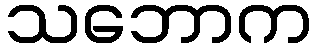
သဘောက